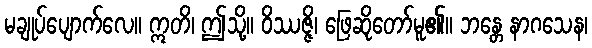
မချုပ်ပျောက်လေ။ ဣတိ၊ ဤသို့။ ဝိဿဇ္ဇိ၊ ဖြေဆိုတော်မူ၏။ ဘန္တေ နာဂသေန၊